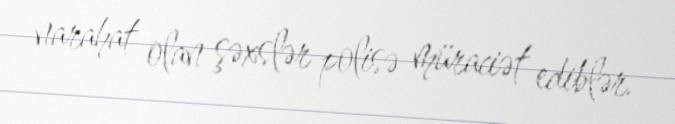
narahat olan şəxslər polisə müraciət ediblər.